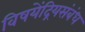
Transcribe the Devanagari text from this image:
विषयेंद्रियसंबंध